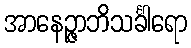
အာနေဉ္ဇာဘိသင်္ခါရော